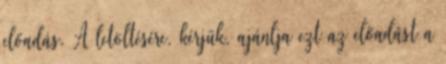
előadás. A letöltésére, kérjük, ajánlja ezt az előadást a